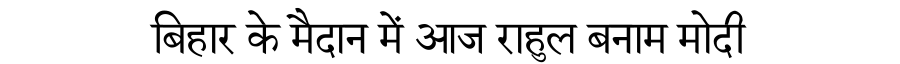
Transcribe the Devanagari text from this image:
बिहार के मैदान में आज राहुल बनाम मोदी